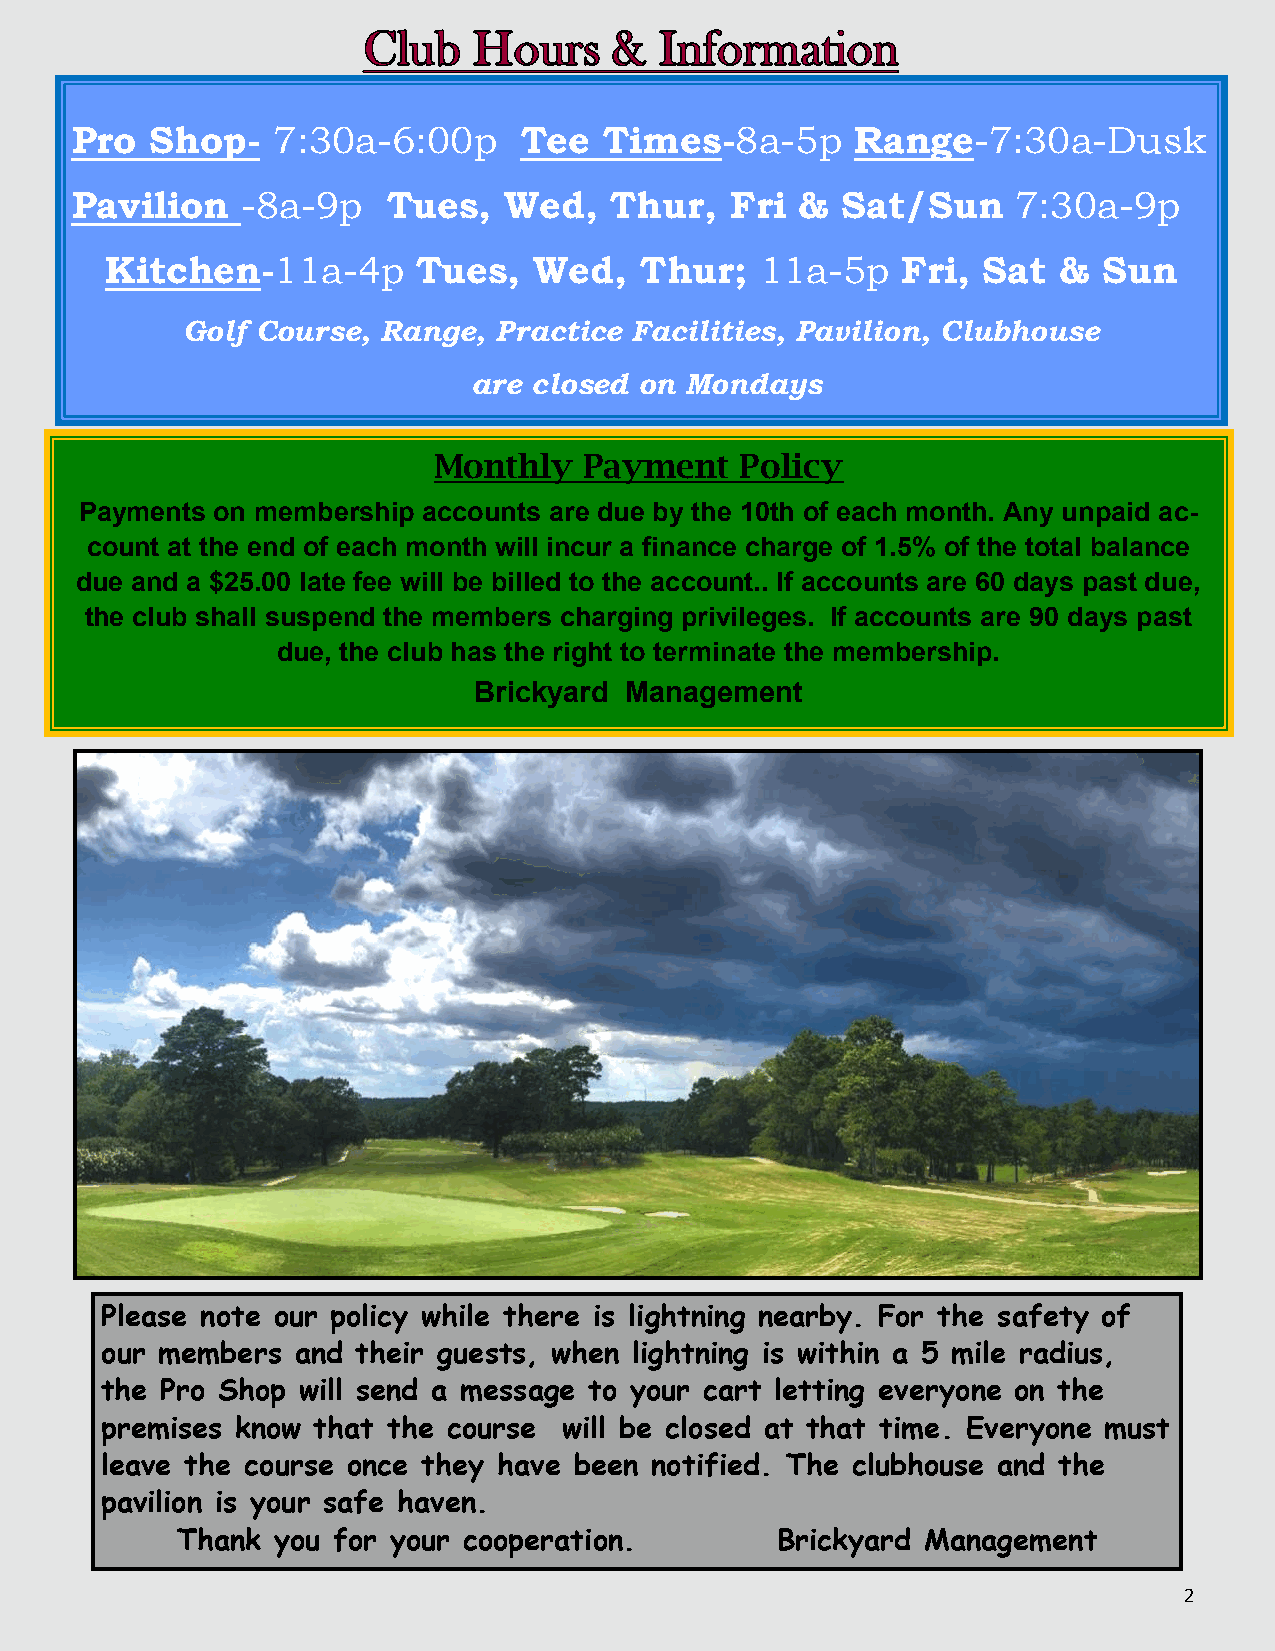
Pro  Shop-   7:30a-6:00p     Tee   Times-8a-5p      Range-7:30a-Dusk
 Pavilion   -8a-9p    Tues,  Wed,   Thur,   Fri  &  Sat/Sun    7:30a-9p
 Kitchen-11a-4p       Tues,  Wed,   Thur;   11a-5p    Fri, Sat  &  Sun
 Golf Course, Range,  Practice Facilities, Pavilion, Clubhouse
 are closed on Mondays
 Monthly   Payment   Policy
 Payments on membership accounts are due by the 10th of each month. Any unpaid ac-
 count at the end of each month will incur a finance charge of 1.5% of the total balance
 due and a $25.00 late fee will be billed to the account.. If accounts are 60 days past due,
 the club shall suspend the members charging privileges. If accounts are 90 days past
 due, the club has the right to terminate the membership.
 Brickyard Management
 Please note our policy while there is lightning nearby. For the safety of
 our members  and their guests, when lightning is within a 5 mile radius,
 the Pro Shop will send a message to your cart letting everyone on the
 premises know that the course will be closed at that time. Everyone must
 leave the course once they have been notified. The clubhouse and the
 pavilion is your safe haven.
 Thank you for your cooperation.        Brickyard Management
 2